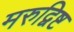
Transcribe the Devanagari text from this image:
मरुद्विष्ट